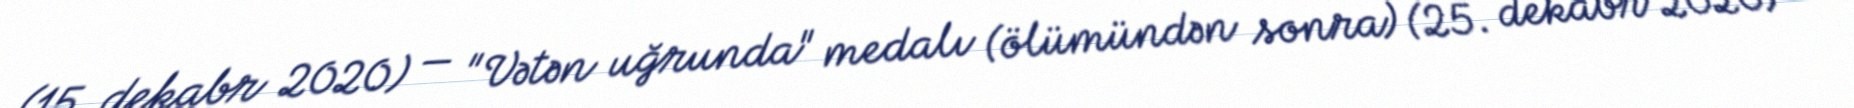
(15. dekabr 2020) — "Vətən uğrunda" medalı (ölümündən sonra) (25. dekabr 2020)